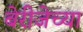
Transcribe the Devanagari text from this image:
बेरीजेच्या